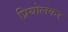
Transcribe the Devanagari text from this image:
प्रियोलकर